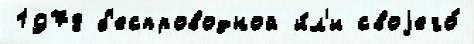
1978 б'еспроводной и́л'и своjего́